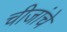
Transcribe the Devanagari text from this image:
चीजांचे